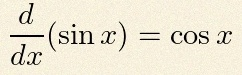
\frac{d}{dx}(\sin x)=\cos x